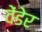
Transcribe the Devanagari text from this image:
वेंडेर